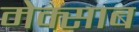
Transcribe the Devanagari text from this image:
मेक्साब